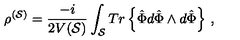
\rho ^ { ( { \cal S } ) } = \frac { - i } { 2 V ( { \cal S } ) } \int _ { { \cal S } } { T r \left\{ \hat { \Phi } d \hat { \Phi } \wedge d \hat { \Phi } \right\} } \ ,